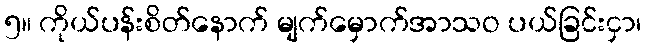
၅။ ကိုယ်ပန်းစိတ်နောက် မျက်မှောက်အာသဝ ပယ်ခြင်းငှာ၊